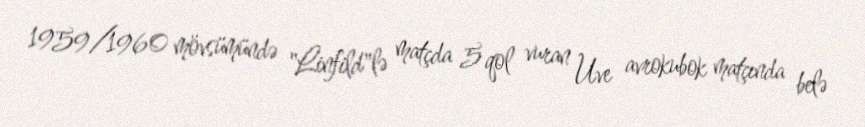
1959/1960 mövsümündə "Linfild"lə matçda 5 qol vuran Uve avrokubok matçında belə